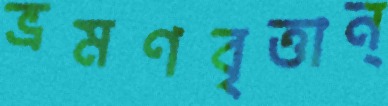
ভ্রমণবৃত্তান্